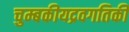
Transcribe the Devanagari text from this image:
चुम्बकीयद्रवगतिकी